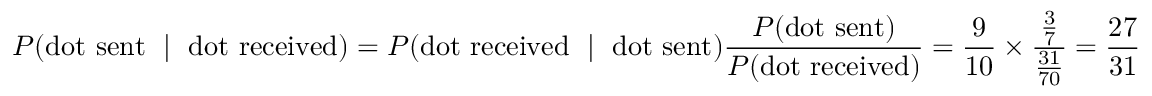
P ( { \mathrm { d o t ~ s e n t ~ } } \mid { \mathrm { ~ d o t ~ r e c e i v e d } } ) = P ( { \mathrm { d o t ~ r e c e i v e d ~ } } \mid { \mathrm { ~ d o t ~ s e n t } } ) { \frac { P ( { \mathrm { d o t ~ s e n t } } ) } { P ( { \mathrm { d o t ~ r e c e i v e d } } ) } } = { \frac { 9 } { 1 0 } } \times { \frac { \frac { 3 } { 7 } } { \frac { 3 1 } { 7 0 } } } = { \frac { 2 7 } { 3 1 } }